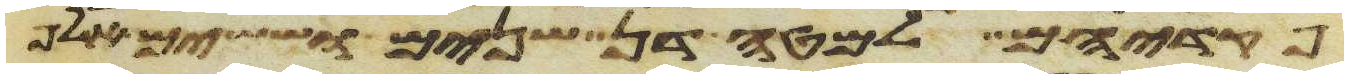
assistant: פקדיהם למטה דן שנים וששים אלף